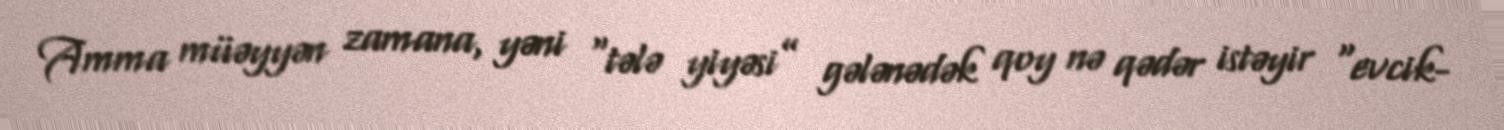
Amma müəyyən zamana, yəni “tələ yiyəsi” gələnədək qoy nə qədər istəyir “evcik-